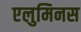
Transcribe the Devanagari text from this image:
एलुमिनस